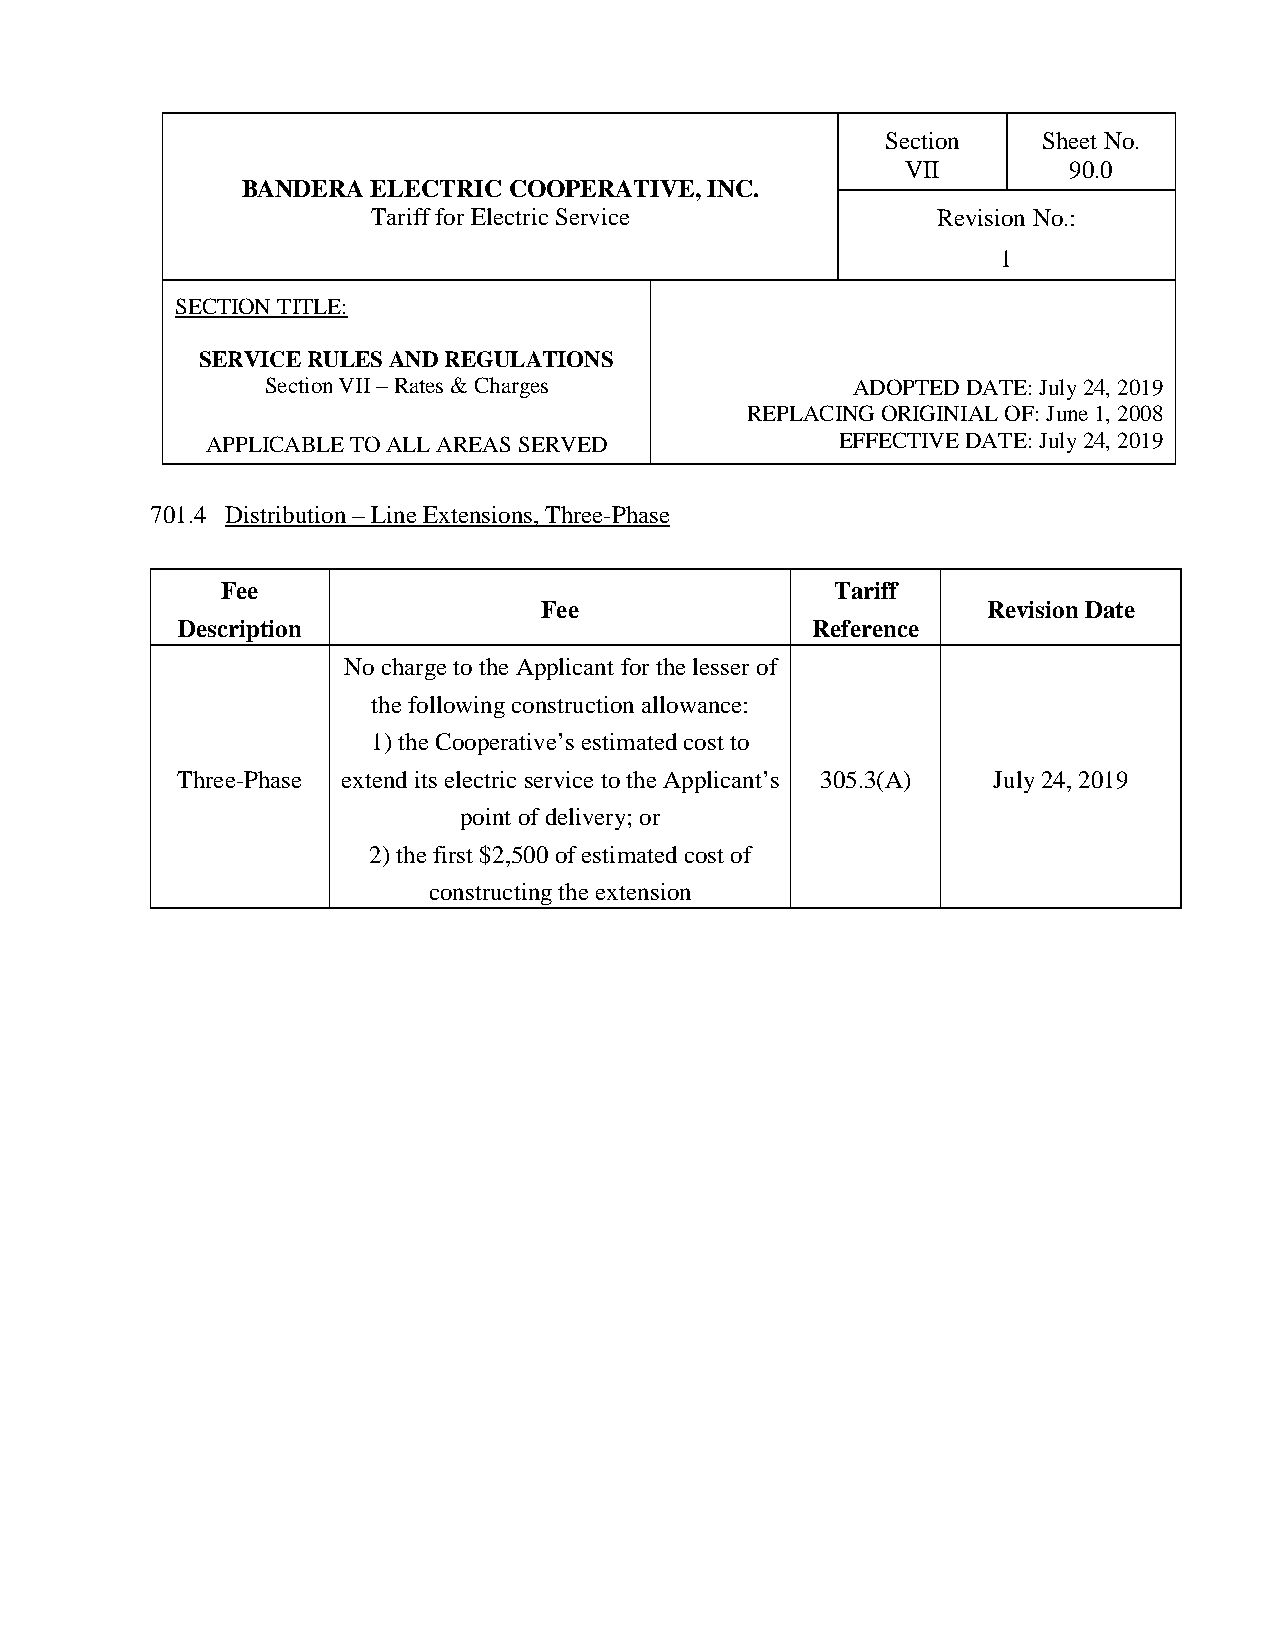
Section   Sheet No.
 VII        90.0
 BANDERA  ELECTRIC COOPERATIVE, INC.
 Tariff for Electric Service          Revision No.:
 1
 SECTION TITLE:
 SERVICE RULES AND REGULATIONS
 Section VII – Rates & Charges         ADOPTED DATE: July 24, 2019
 REPLACING ORIGINIAL OF: June 1, 2008
 APPLICABLE TO ALL AREAS SERVED            EFFECTIVE DATE: July 24, 2019
 701.4 Distribution – Line Extensions, Three-Phase
 Fee                                     Tariff
 Fee                          Revision Date
 Description                               Reference
 No charge to the Applicant for the lesser of
 the following construction allowance:
 1) the Cooperative’s estimated cost to
 Three-Phase extend its electric service to the Applicant’s 305.3(A) July 24, 2019
 point of delivery; or
 2) the first $2,500 of estimated cost of
 constructing the extension